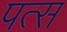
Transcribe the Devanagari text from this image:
पत्स